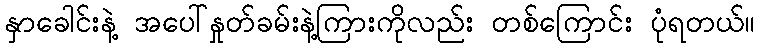
နှာခေါင်းနဲ့ အပေါ်နှုတ်ခမ်းနဲ့ကြားကိုလည်း တစ်ကြောင်း ပုံရတယ်။